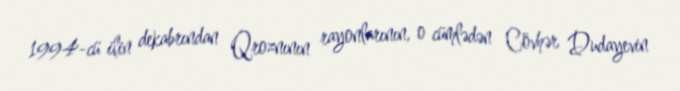
1994-cü ilin dekabrından Qroznının rayonlarının, o cümlədən Cövhər Dudayevin